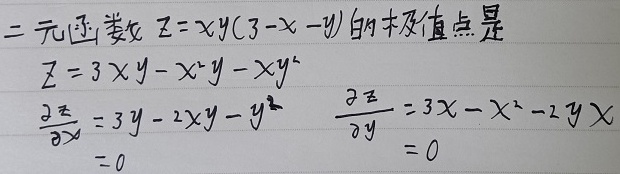
二元函数 \(z = xy(3 - x - y)\) 的极值点是：
\[
z = 3xy - x^{2}y - xy^{2}
\]
\[
\frac{\partial z}{\partial x} = 3y - 2xy - y^{2} = 0
\]
\[
\frac{\partial z}{\partial y} = 3x - x^{2} - 2yx = 0
\]